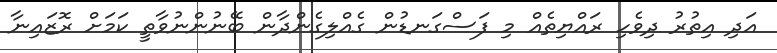
އަދި އިތުރު ދިވެހި ރައްޔިތެއް މި ފަސްގަނޑުން ގެއްލިގެންދާން ބޭނުންނުވާތީ ކަމަށް ރޮޒައިނާ